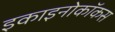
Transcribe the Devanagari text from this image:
इकाइनोकॉकस